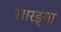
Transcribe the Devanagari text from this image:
सारङ्गा